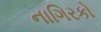
નાગિરકો